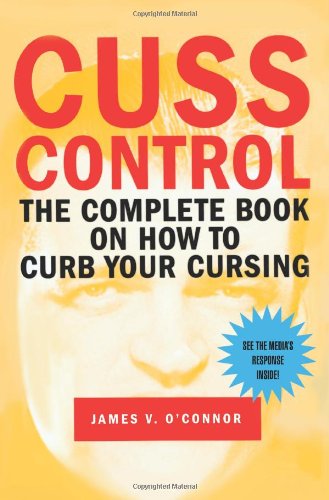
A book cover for Cuss Control: The Complete Book on How to Curb Your Cursing; James O'Connor; Politics & Social Sciences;